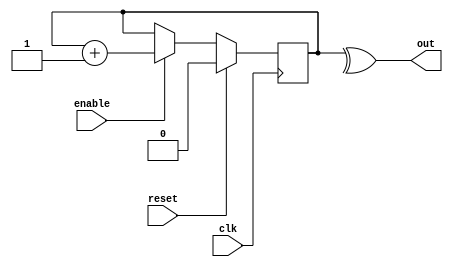
module GrayCounter
  #(
    parameter BITS = 1
  ) (
    input clk,
    input reset,
    input enable,
    output reg [BITS-1:0] out
  );

reg [BITS-1:0] counter;

assign out = {counter[BITS-1], counter[BITS-1:1] ^ counter[BITS-2:0]};

always @(posedge clk)
begin
  if (reset)
    counter <= 0;
  else
    counter <= !enable ? counter : counter + 1;
end

endmodule